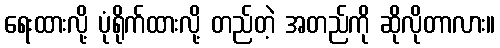
ရေးထားလို့ ပုံရိုက်ထားလို့ တည်တဲ့ အတည်ကို ဆိုလိုတာလား။